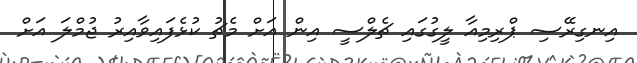
އިނގިރޭސި ޕްރިމިއާ ލީގުގައި ޗެލްސީ އިން އަށް މެޗު ކުޅެފައިވާއިރު ޖުމްލަ އަށް